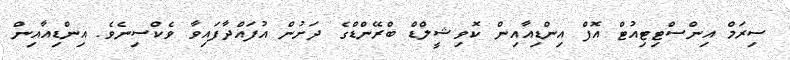
ސިރަމް އިންސްޓިޓިއުޓް އޮފް އިންޑިއާއިން ކޮވިޝީލްޑް ބްރޭންޑްގެ ދަށުން އުފައްދާފައިވާ ވެކްސިނެވެ. އިންޑިއާއިން